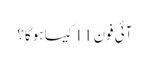
آئی فون 11 کیسا ہوگا؟